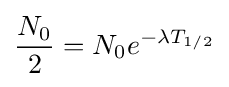
{\frac {N_{0}}{2}}=N_{0}e^{-\lambda T_{1/2}}